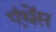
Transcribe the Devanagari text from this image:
एंथेंस